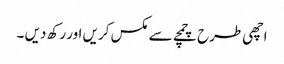
اچھی طرح چمچے سے مکس کریں اور رکھ دیں ۔